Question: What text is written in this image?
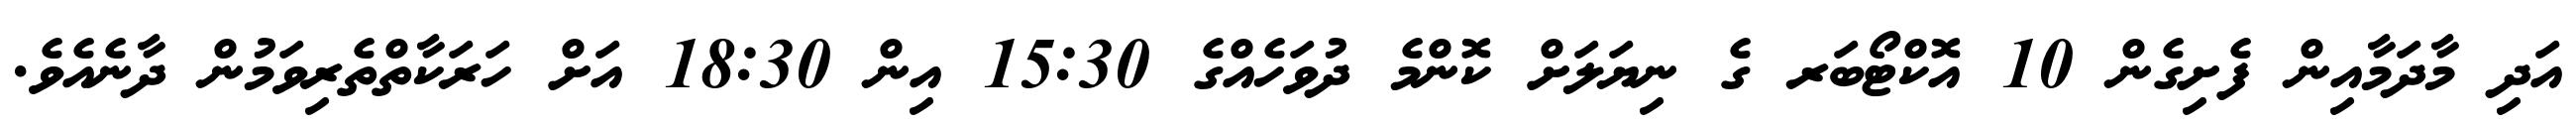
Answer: އަދި މާދަމާއިން ފެށިގެން 10 އޮކްޓޯބަރ ގެ ނިޔަލަށް ކޮންމެ ދުވަހެއްގެ 15:30 އިން 18:30 އަށް ހަރަކާތްތެރިވަމުން ދާނެއެވެ.